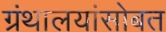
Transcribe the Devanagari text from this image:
ग्रंथालयांसोबत